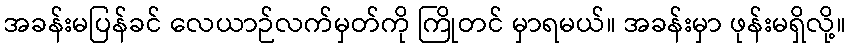
အခန်းမပြန်ခင် လေယာဉ်လက်မှတ်ကို ကြိုတင် မှာရမယ်။ အခန်းမှာ ဖုန်းမရှိလို့။